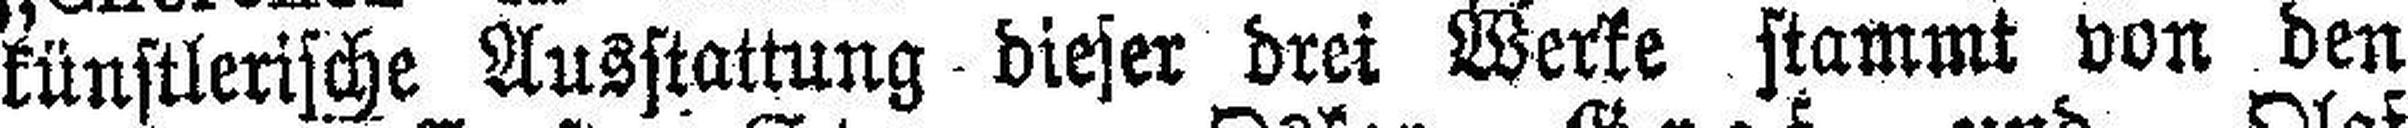
künstlerische Ausstattung dieser drei Werke stammt von den